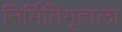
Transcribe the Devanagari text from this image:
निर्मितिगृहाला